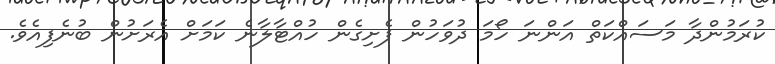
ކުރަމުންދާ މަސައްކަތް އަންނަ ހޯމަ ދުވަހުން ފެށިގެން ހުއްޓާލާނެ ކަމަށް އެރަށުން ބުނެފިއެވެ.